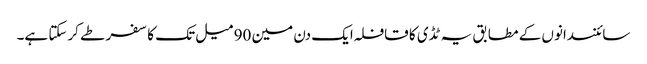
سائنسدانوں کے مطابق یہ ٹڈی کا قافلہ ایک دن مین 90 میل تک کا سفر طے کرسکتا ہے۔